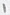
Text: 1